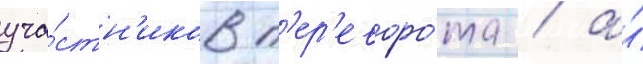
уча́стн'иков п'ер'еворо́та / а́